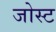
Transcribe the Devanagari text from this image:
जोस्ट